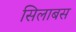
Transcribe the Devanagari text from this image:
सिलाबस